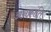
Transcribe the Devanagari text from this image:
अनक्रांति